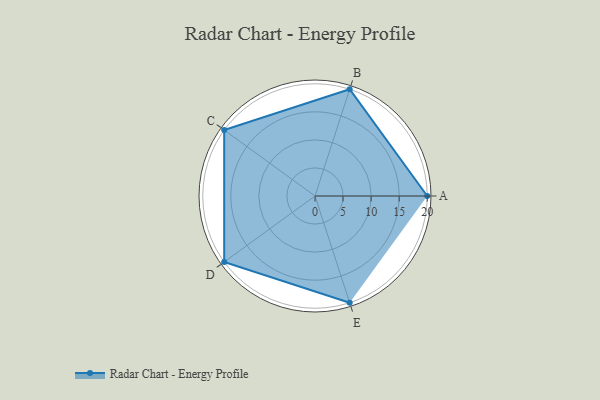
{"axis": {"x": "Skill", "y": "Score"}, "legend": ["Profile"], "data": [{"x": "A", "y": 20, "type": "Profile"}, {"x": "B", "y": 20, "type": "Profile"}, {"x": "C", "y": 20, "type": "Profile"}, {"x": "D", "y": 20, "type": "Profile"}, {"x": "E", "y": 20, "type": "Profile"}]}